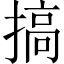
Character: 搞